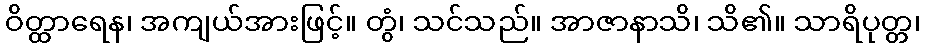
ဝိတ္ထာရေန၊ အကျယ်အားဖြင့်။ တွံ၊ သင်သည်။ အာဇာနာသိ၊ သိ၏။ သာရိပုတ္တ၊